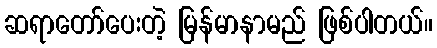
ဆရာတော်ပေးတဲ့ မြန်မာနာမည် ဖြစ်ပါတယ်။